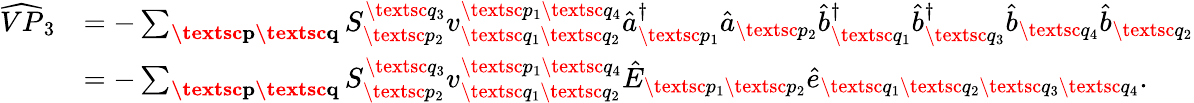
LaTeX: \begin{array}{rl}{\widehat{VP}_{3}}&{=-\sum_{\textbf{\textsc{p}}\textbf{\textsc{q}}}S_{\textsc{p}_{2}}^{\textsc{q}_{3}}{v}_{\textsc{q}_{1}\textsc{q}_{2}}^{\textsc{p}_{1}\textsc{q}_{4}}\hat{a}_{\textsc{p}_{1}}^{\dagger}\hat{a}_{\textsc{p}_{2}}\hat{b}_{\textsc{q}_{1}}^{\dagger}\hat{b}_{\textsc{q}_{3}}^{\dagger}\hat{b}_{\textsc{q}_{4}}\hat{b}_{\textsc{q}_{2}}}\\ &{=-\sum_{\textbf{\textsc{p}}\textbf{\textsc{q}}}S_{\textsc{p}_{2}}^{\textsc{q}_{3}}{v}_{\textsc{q}_{1}\textsc{q}_{2}}^{\textsc{p}_{1}\textsc{q}_{4}}\hat{E}_{\textsc{p}_{1}\textsc{p}_{2}}\hat{e}_{\textsc{q}_{1}\textsc{q}_{2}\textsc{q}_{3}\textsc{q}_{4}}.}\end{array}